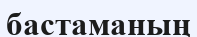
бастаманың